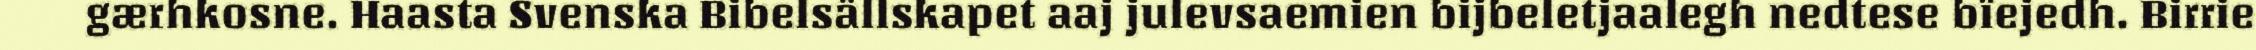
gærhkosne. Haasta Svenska Bibelsällskapet aaj julevsaemien bijbeletjaalegh nedtese bïejedh. Birrie